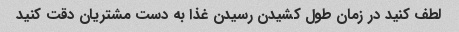
لطف کنید در زمان طول کشیدن رسیدن غذا به دست مشتریان دقت کنید